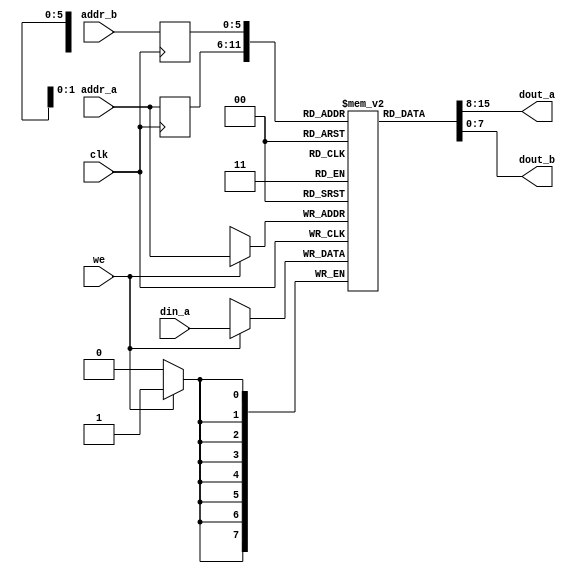
// This program was cloned from: https://github.com/CospanDesign/nysa-verilog
// License: MIT License

/***************************************************************************************************
** fpga_nes/hw/src/cmn/block_ram/block_ram.v
*
*  Copyright (c) 2012, Brian Bennett
*  All rights reserved.
*
*  Redistribution and use in source and binary forms, with or without modification, are permitted
*  provided that the following conditions are met:
*
*  1. Redistributions of source code must retain the above copyright notice, this list of conditions
*     and the following disclaimer.
*  2. Redistributions in binary form must reproduce the above copyright notice, this list of
*     conditions and the following disclaimer in the documentation and/or other materials provided
*     with the distribution.
*
*  THIS SOFTWARE IS PROVIDED BY THE COPYRIGHT HOLDERS AND CONTRIBUTORS "AS IS" AND ANY EXPRESS OR
*  IMPLIED WARRANTIES, INCLUDING, BUT NOT LIMITED TO, THE IMPLIED WARRANTIES OF MERCHANTABILITY AND
*  FITNESS FOR A PARTICULAR PURPOSE ARE DISCLAIMED. IN NO EVENT SHALL THE COPYRIGHT OWNER OR
*  CONTRIBUTORS BE LIABLE FOR ANY DIRECT, INDIRECT, INCIDENTAL, SPECIAL, EXEMPLARY, OR CONSEQUENTIAL
*  DAMAGES (INCLUDING, BUT NOT LIMITED TO, PROCUREMENT OF SUBSTITUTE GOODS OR SERVICES; LOSS OF USE,
*  DATA, OR PROFITS; OR BUSINESS INTERRUPTION) HOWEVER CAUSED AND ON ANY THEORY OF LIABILITY,
*  WHETHER IN CONTRACT, STRICT LIABILITY, OR TORT (INCLUDING NEGLIGENCE OR OTHERWISE) ARISING IN ANY
*  WAY OUT OF THE USE OF THIS SOFTWARE, EVEN IF ADVISED OF THE POSSIBILITY OF SUCH DAMAGE.
*
*  Various generic, inferred block ram descriptors.
***************************************************************************************************/

// Dual port RAM with synchronous read.  Modified version of listing 12.4 in "FPGA Prototyping by
// Verilog Examples," itself a modified version of XST 8.11 v_rams_11.
module dual_port_ram_sync
#(
  parameter ADDR_WIDTH = 6,
  parameter DATA_WIDTH = 8
)
(
  input  wire                  clk,
  input  wire                  we,
  input  wire [ADDR_WIDTH-1:0] addr_a,
  input  wire [ADDR_WIDTH-1:0] addr_b,
  input  wire [DATA_WIDTH-1:0] din_a,
  output wire [DATA_WIDTH-1:0] dout_a,
  output wire [DATA_WIDTH-1:0] dout_b
);

reg [DATA_WIDTH-1:0] ram [2**ADDR_WIDTH-1:0];
reg [ADDR_WIDTH-1:0] q_addr_a;
reg [ADDR_WIDTH-1:0] q_addr_b;

always @(posedge clk)
  begin
    if (we)
        ram[addr_a] <= din_a;
    q_addr_a <= addr_a;
    q_addr_b <= addr_b;
  end

assign dout_a = ram[q_addr_a];
assign dout_b = ram[q_addr_b];

endmodule